Indian journal of veterinary science and animal husbandry - Volume 3,
Year: 1933
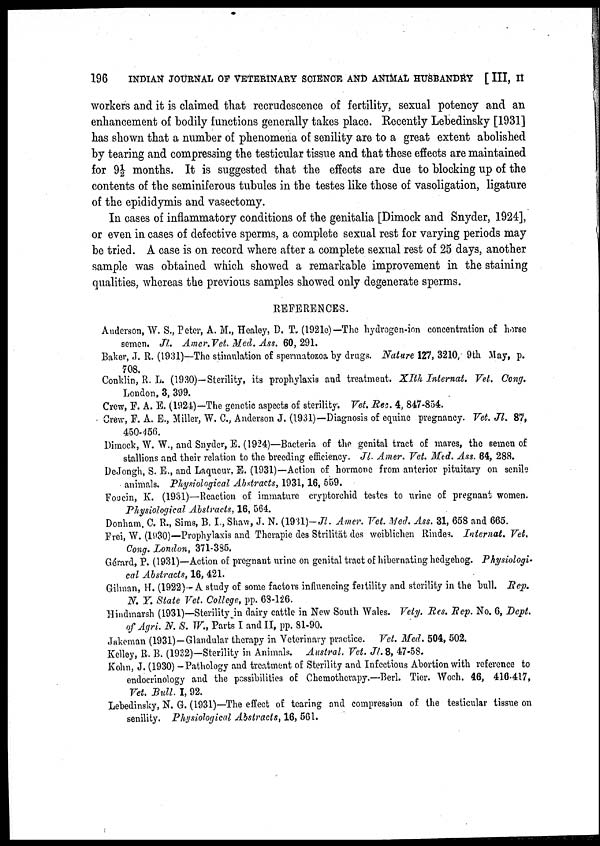
196
INDIAN JOURNAL OF VETERINARY SCIENCE AND ANIMAL HUSBANDRY [ III, II
workers and it is claimed that recrudescence of fertility, sexual potency and an
enhancement of bodily functions generally takes place. Recently Lebedinsky [1931]
has shown that a number of phenomena of senility are to a great extent abolished
by tearing and compressing the testicular tissue and that these effects are maintained
for 9½ months. It is suggested that the effects are due to blocking up of the
contents of the seminiferous tubules in the testes like those of vasoligation, ligature
of the epididymis and vasectomy.
In cases of inflammatory conditions of the genitalia [Dimock and Snyder, 1924],
or even in cases of defective sperms, a complete sexual rest for varying periods may
be tried. A case is on record where after a complete sexual rest of 25 days, another
sample was obtained which showed a remarkable improvement in the staining
qualities, whereas the previous samples showed only degenerate sperms.
REFERENCES.
Anderson, W. S., Peter, A. M., Healey, D. T. (1921e)—The hydrogen-inn concentration of horse
semen. Jl. Amer.Vet. Med. Ass. 60,291.
Baker, J. R. (1931)—The stimulation of spermatozoa by drugs. Nature 127, 3210, 9th May, p.
708.
Conklin, R. L. (1930)—Sterility, its prophylaxis and treatment. XIth Internat. Vet. Cong.
London. 3, 399.
Crew, F. A. E. (1924)-The genetic aspects of sterility. Vet. Rec. 4, 847-854.
Crew, F. A. E., Miller, W. C., Anderson J. (1931)—Diagnosis of equine pregnancy. Vet. Jl. 87,
450-456.
Dimock, W. W., and Snyder, E. (1924)—Bacteria of the genital tract of mares, the semen of
stallions and their relation to the breeding efficiency. Jl. Amer. Vet. Med. Ass. 64, 288.
DeJongh, S. E., and Laqueur, E. (1931)—Action of hormone from anterior pituitary on senile
animals. Physiological Abstracts, 1931, 16, 559.
Foucin, K. (1931)—Reaction of immature cryptorchid testes to urine of pregnant women.
Physiological Abstracts, 16, 564.
Donham, C. R., Sims, B. I., Shaw, J. N. (1931)-Jl. Amer. Vet. Med. Ass. 31, 658 and 665.
Frei, W. (1930)—Prophylaxis and Therapie des Strilität des weiblichen Rindes. Internat. Vet.
Cong. London, 371-385.
Gerard, P. (1931)—Action of pregnant urine on genital tract of hibernating hedgehog. Physiologi¬
cal Abstracts, 16, 421.
Gilman, H. (1922)—A study of some factors influencing fertility and sterility in the bull. Rep.
N. Y. State Vet. College, pp. 63-126.
Hindmarsh (1931)—Sterility in dairy cattle in New South Wales. Vety. Res. Rep. No. 6, Dept.
of Agri. N. S. W., Parts I and II, pp. 81-90.
Jakeman (1931)—Glandular therapy in Veterinary practice. Vet. Med. 504, 502.
Kelley, R. B. (1932)—Sterility in Animals. Austral. Vet. Jl. 8, 47-58.
Kohn, J. (1930) —Pathology and treatment of Sterility and Infectious Abortion with reference to
endocrinology and the possibilities of Chemotherapy. —Berl. Tier. Woch. 46, 416-417,
Vet. Bull. I, 92.
Lebedinsky, N. G. (1931)—The effect of tearing and compression of the testicular tissue on
senility. Physiological Abstracts, 16, 561.